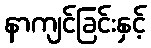
နာကျင်ခြင်းနှင့်